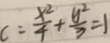
c = \frac { x ^ { 2 } } { 4 } + \frac { y ^ { 2 } } { 3 } = 1